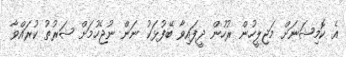
އެ ކޮމިޝަނަށް މަޖިލީހުން ރުހުން ދީފައިވާ ބޭފުޅަކު ނަން ނުޖެހުމަށް ޝަރުތު ކުރައްވާ